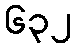
၆၃၂